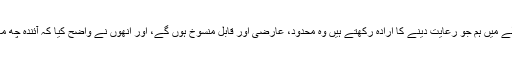
مسٹر کارنی نے کہا: ’’صدر نے کہا کہ پہلے مرحلے میں ہم جو رعایت دینے کا ارادہ رکھتے ہیں وہ محدود، عارضی اور قابلِ منسوخ ہوں گے، اور اُنھوں نے واضح کیا کہ آئندہ چھ ماہ کے دوران ہم تعزیرات کا نفاذ جاری رکھیں گے۔